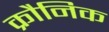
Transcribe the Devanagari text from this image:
क्रौनिक